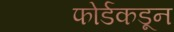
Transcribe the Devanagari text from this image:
फोर्डकडून